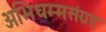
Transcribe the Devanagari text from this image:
अभिधम्मसंग्रह